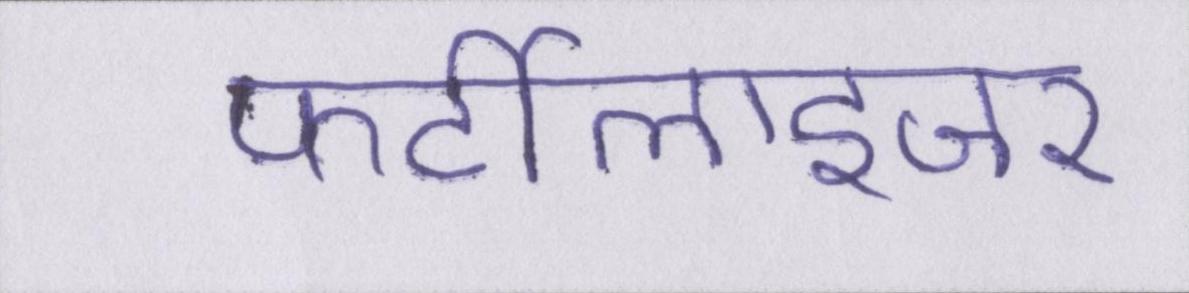
फर्टीलाइजर